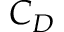
C _ { D }